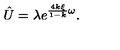
\hat { U } = \lambda e ^ { \frac { 4 k \xi } { 1 - k } \omega } .